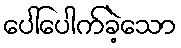
ပေါ်ပေါက်ခဲ့သော